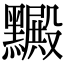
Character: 𪒮